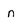
Character: n